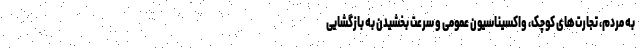
به مردم، تجارت‌های کوچک، واکسیناسیون عمومی و سرعت بخشیدن به بازگشایی